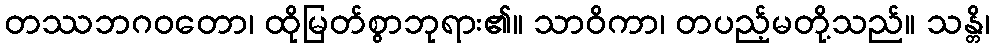
တဿဘဂဝတော၊ ထိုမြတ်စွာဘုရား၏။ သာဝိကာ၊ တပည့်မတို့သည်။ သန္တိ၊